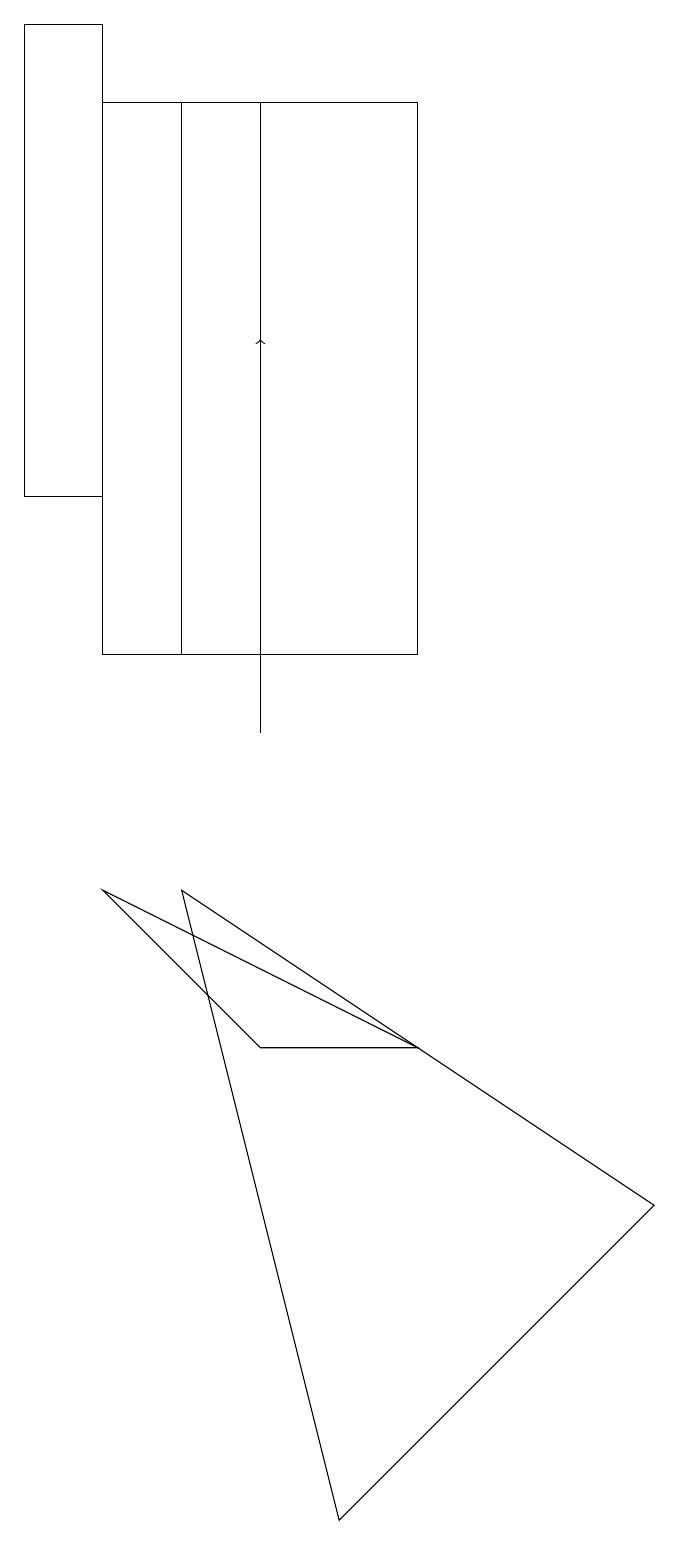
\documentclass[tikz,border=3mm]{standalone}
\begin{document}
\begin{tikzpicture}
\draw (4,6) -- (2,8) -- (6,6) -- cycle;
\draw (2,19) rectangle (1,13);
\draw (2,11) rectangle (4,18);
\draw (3,11) rectangle (6,18);
\draw (3,8) -- (9,4) -- (5,0) -- cycle;
\draw[->] (4,10) -- (4,15);
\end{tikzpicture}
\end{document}